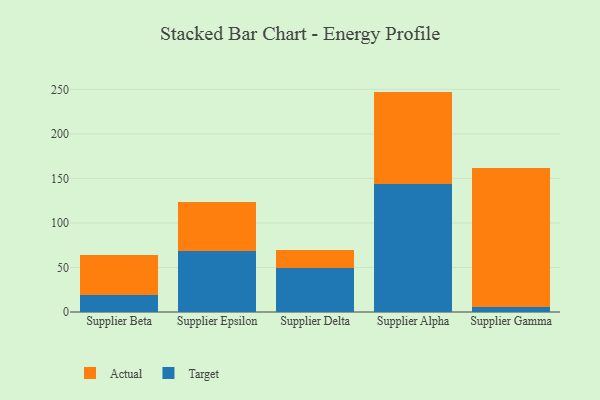
{"axis": {"x": "Supplier", "y": "Churn Rate (%)"}, "legend": ["Actual", "Target"], "data": [{"x": "Supplier Beta", "y": 18.7, "type": "Target"}, {"x": "Supplier Beta", "y": 45.8, "type": "Actual"}, {"x": "Supplier Epsilon", "y": 68.0, "type": "Target"}, {"x": "Supplier Epsilon", "y": 55.3, "type": "Actual"}, {"x": "Supplier Delta", "y": 49.1, "type": "Target"}, {"x": "Supplier Delta", "y": 20.0, "type": "Actual"}, {"x": "Supplier Alpha", "y": 144.3, "type": "Target"}, {"x": "Supplier Alpha", "y": 103.2, "type": "Actual"}, {"x": "Supplier Gamma", "y": 5.8, "type": "Target"}, {"x": "Supplier Gamma", "y": 155.5, "type": "Actual"}]}